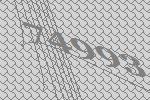
74993